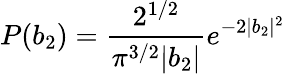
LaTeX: P(b_{2})=\frac{2^{1/2}}{\pi^{3/2}|b_{2}|}e^{-2|b_{2}|^{2}}